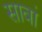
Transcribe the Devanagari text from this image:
सावां